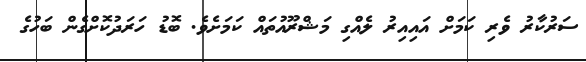
ސަރުކާރު ވެރި ކަމަށް އައިއިރު ލެއްގި މަޝްރޫއުތައް ކަމަށެވެ. ބޮޑު ހަރަދުކޮށްގެން ބަހުގެ